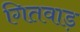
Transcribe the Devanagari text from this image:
गितवाड़